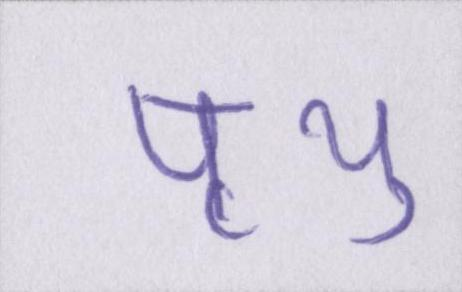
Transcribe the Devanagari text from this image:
पृथु